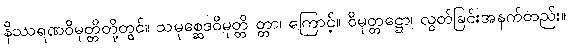
နိဿရဏဝိမုတ္တိတို့တွင်။ သမုစ္ဆေဒဝိမုတ္တိ တ္တာ၊ ကြောင့်။ ဝိမုတ္တဋ္ဌော၊ လွတ်ခြင်းအနက်တည်း။